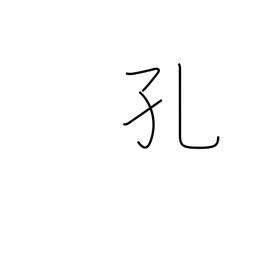
Meaning: cavity